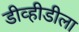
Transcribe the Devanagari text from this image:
डीव्हीडीला